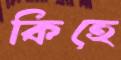
কিহে